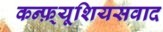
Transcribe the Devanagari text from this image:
कन्फ़्यूशियसवाद